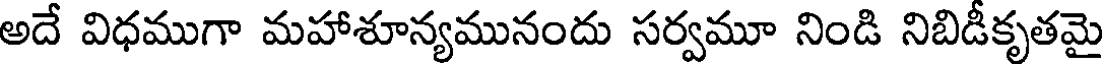
అదే విధముగా మహాశూన్యమునందు సర్వమూ నిండి నిబిడీకృతమై